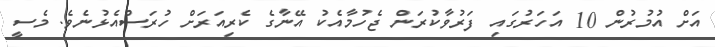
އަށް އުމުރުން 10 އަހަރުގައި ފަރުވާކުރަން ޖެހުމާއެކު އޭނާގެ ކެރިއަރަށް ހުރަސްއެޅުނެވެ. މެސީ